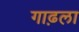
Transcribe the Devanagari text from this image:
गाढ़ला